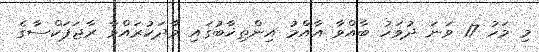
މި މަހު 17 ވަނަ ދުވަހު ބާއްވާ އާއްމު އިންތިޚާބުގައި ވާދަކުރައްވާ ރާޖަޕަކްސާގެ